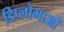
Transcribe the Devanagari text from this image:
डिप्लोमाओं